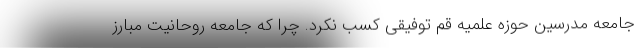
جامعه مدرسین حوزه علمیه قم توفیقی کسب نکرد. چرا که جامعه روحانیت مبارز